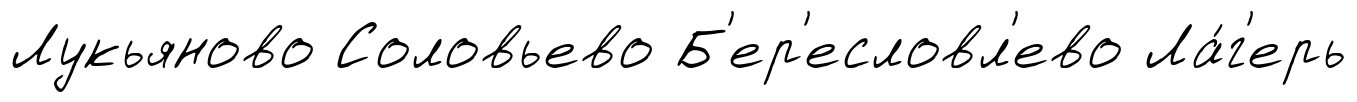
Лукьяново Соловьево Б'ер'есловл'ево Ла́г'ерь